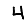
Digit: 4